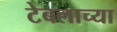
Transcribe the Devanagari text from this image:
टेबलाच्या